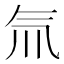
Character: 氚